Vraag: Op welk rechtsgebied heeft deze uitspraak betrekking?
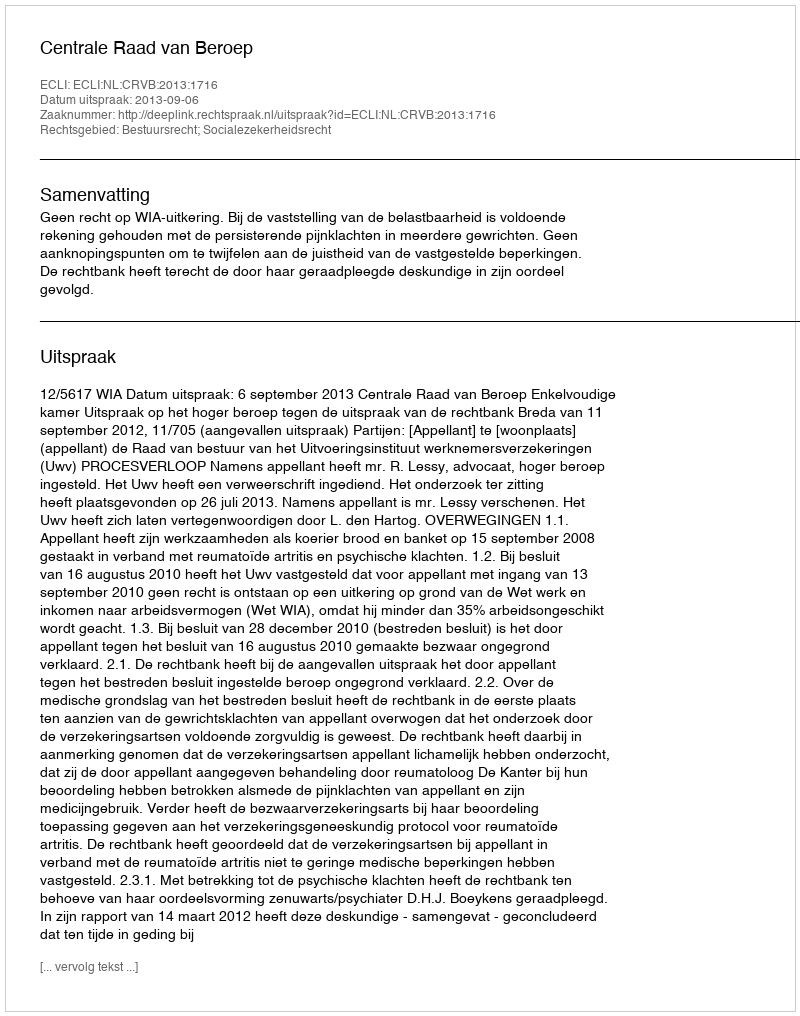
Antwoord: Bestuursrecht; Socialezekerheidsrecht